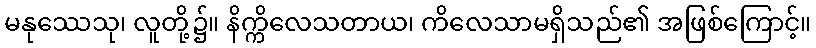
မနုဿေသု၊ လူတို့၌။ နိက္ကိလေသတာယ၊ ကိလေသာမရှိသည်၏ အဖြစ်ကြောင့်။